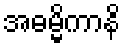
အဓမ္မိကာနိ